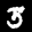
Label: 3